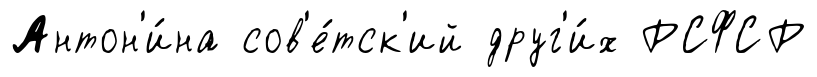
Антон'и́на сов'е́тск'ий друг'и́х РСФСР